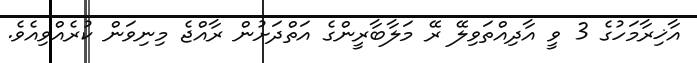
އާޚިރާމަހުގެ 3 ވީ އާދިއްތަވިލޭ ރޭ މަލާބާރީންގެ އަތްދަށުން ރާއްޖެ މިނިވަން ކުރެއްވިއެވެ.